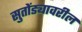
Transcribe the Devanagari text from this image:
सुतोंड्यावरील